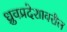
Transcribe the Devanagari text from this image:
ध्रुवप्रदेशावरील